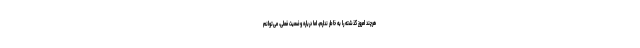
هرچند امروز گذشته را به خاطر ندارم، اما درباره وضعیت فعلی، می‌توانم